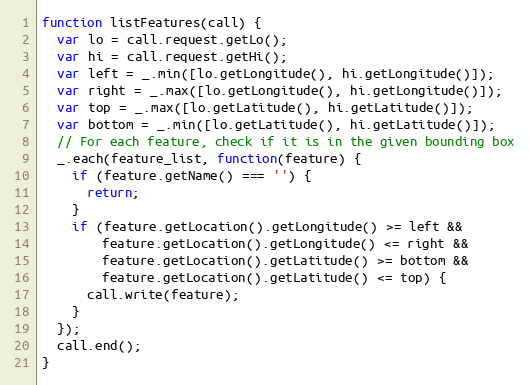
Language: JavaScript
function listFeatures(call) {
  var lo = call.request.getLo();
  var hi = call.request.getHi();
  var left = _.min([lo.getLongitude(), hi.getLongitude()]);
  var right = _.max([lo.getLongitude(), hi.getLongitude()]);
  var top = _.max([lo.getLatitude(), hi.getLatitude()]);
  var bottom = _.min([lo.getLatitude(), hi.getLatitude()]);
  // For each feature, check if it is in the given bounding box
  _.each(feature_list, function(feature) {
    if (feature.getName() === '') {
      return;
    }
    if (feature.getLocation().getLongitude() >= left &&
        feature.getLocation().getLongitude() <= right &&
        feature.getLocation().getLatitude() >= bottom &&
        feature.getLocation().getLatitude() <= top) {
      call.write(feature);
    }
  });
  call.end();
}